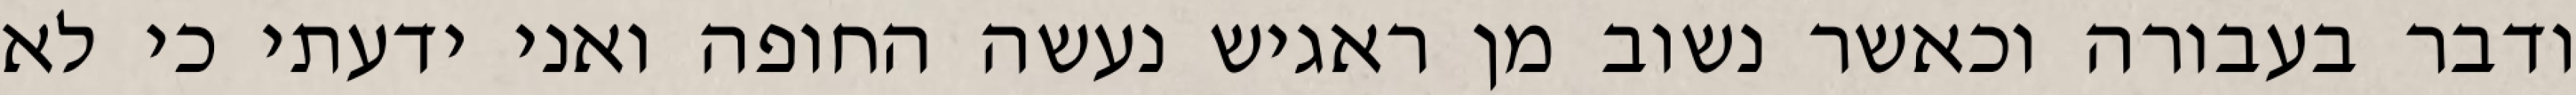
ודבר בעבורה וכאשר נשוב מן ראגיש נעשה החופה ואני ידעתי כי לא